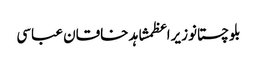
بلوچستانوزیراعظمشاہد خاقان عباسی